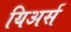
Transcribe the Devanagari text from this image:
यिअर्स